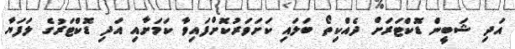
އަދި ޝަބީން ޑޮކްޓަރަށް ދެއްކިތޯ ބަލައި ކަށަވަރުކޮށްފައިވާ ކަމަށާއި އަދި ޑޮކްޓަރުގެ ލަފަޔާ